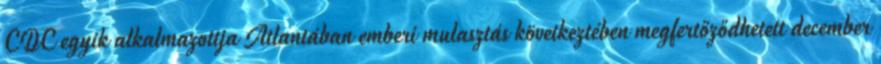
CDC egyik alkalmazottja Atlantában emberi mulasztás következtében megfertőződhetett december